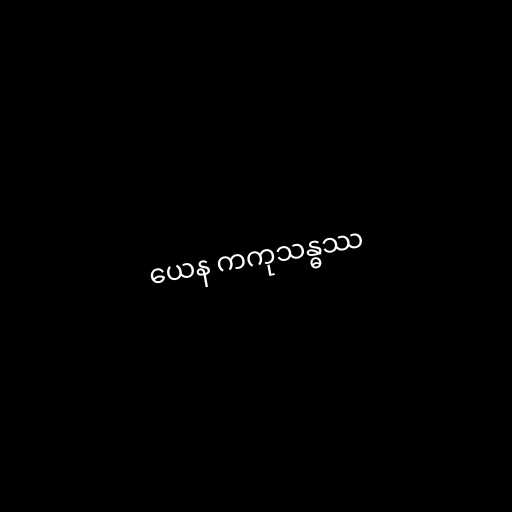
ယေန ကကုသန္ဓဿ